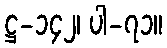
ဋ္ဌ-၁၄၂၊ ပါ-၇၁။